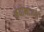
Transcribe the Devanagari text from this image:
श्रेयोभाजन